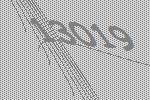
13019